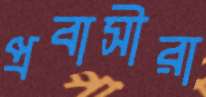
প্রবাসীরা